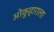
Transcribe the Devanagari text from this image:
ओकुहाराला